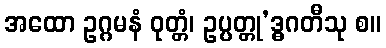
အထော ဥဂ္ဂမနံ ဝုတ္တံ၊ ဥပ္ပတ္တု’ဒ္ဓဂတီသု စ။